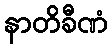
နာတိခီဏံ